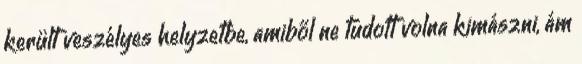
került veszélyes helyzetbe, amiből ne tudott volna kimászni, ám